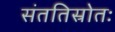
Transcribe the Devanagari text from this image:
संततिस्रोतः